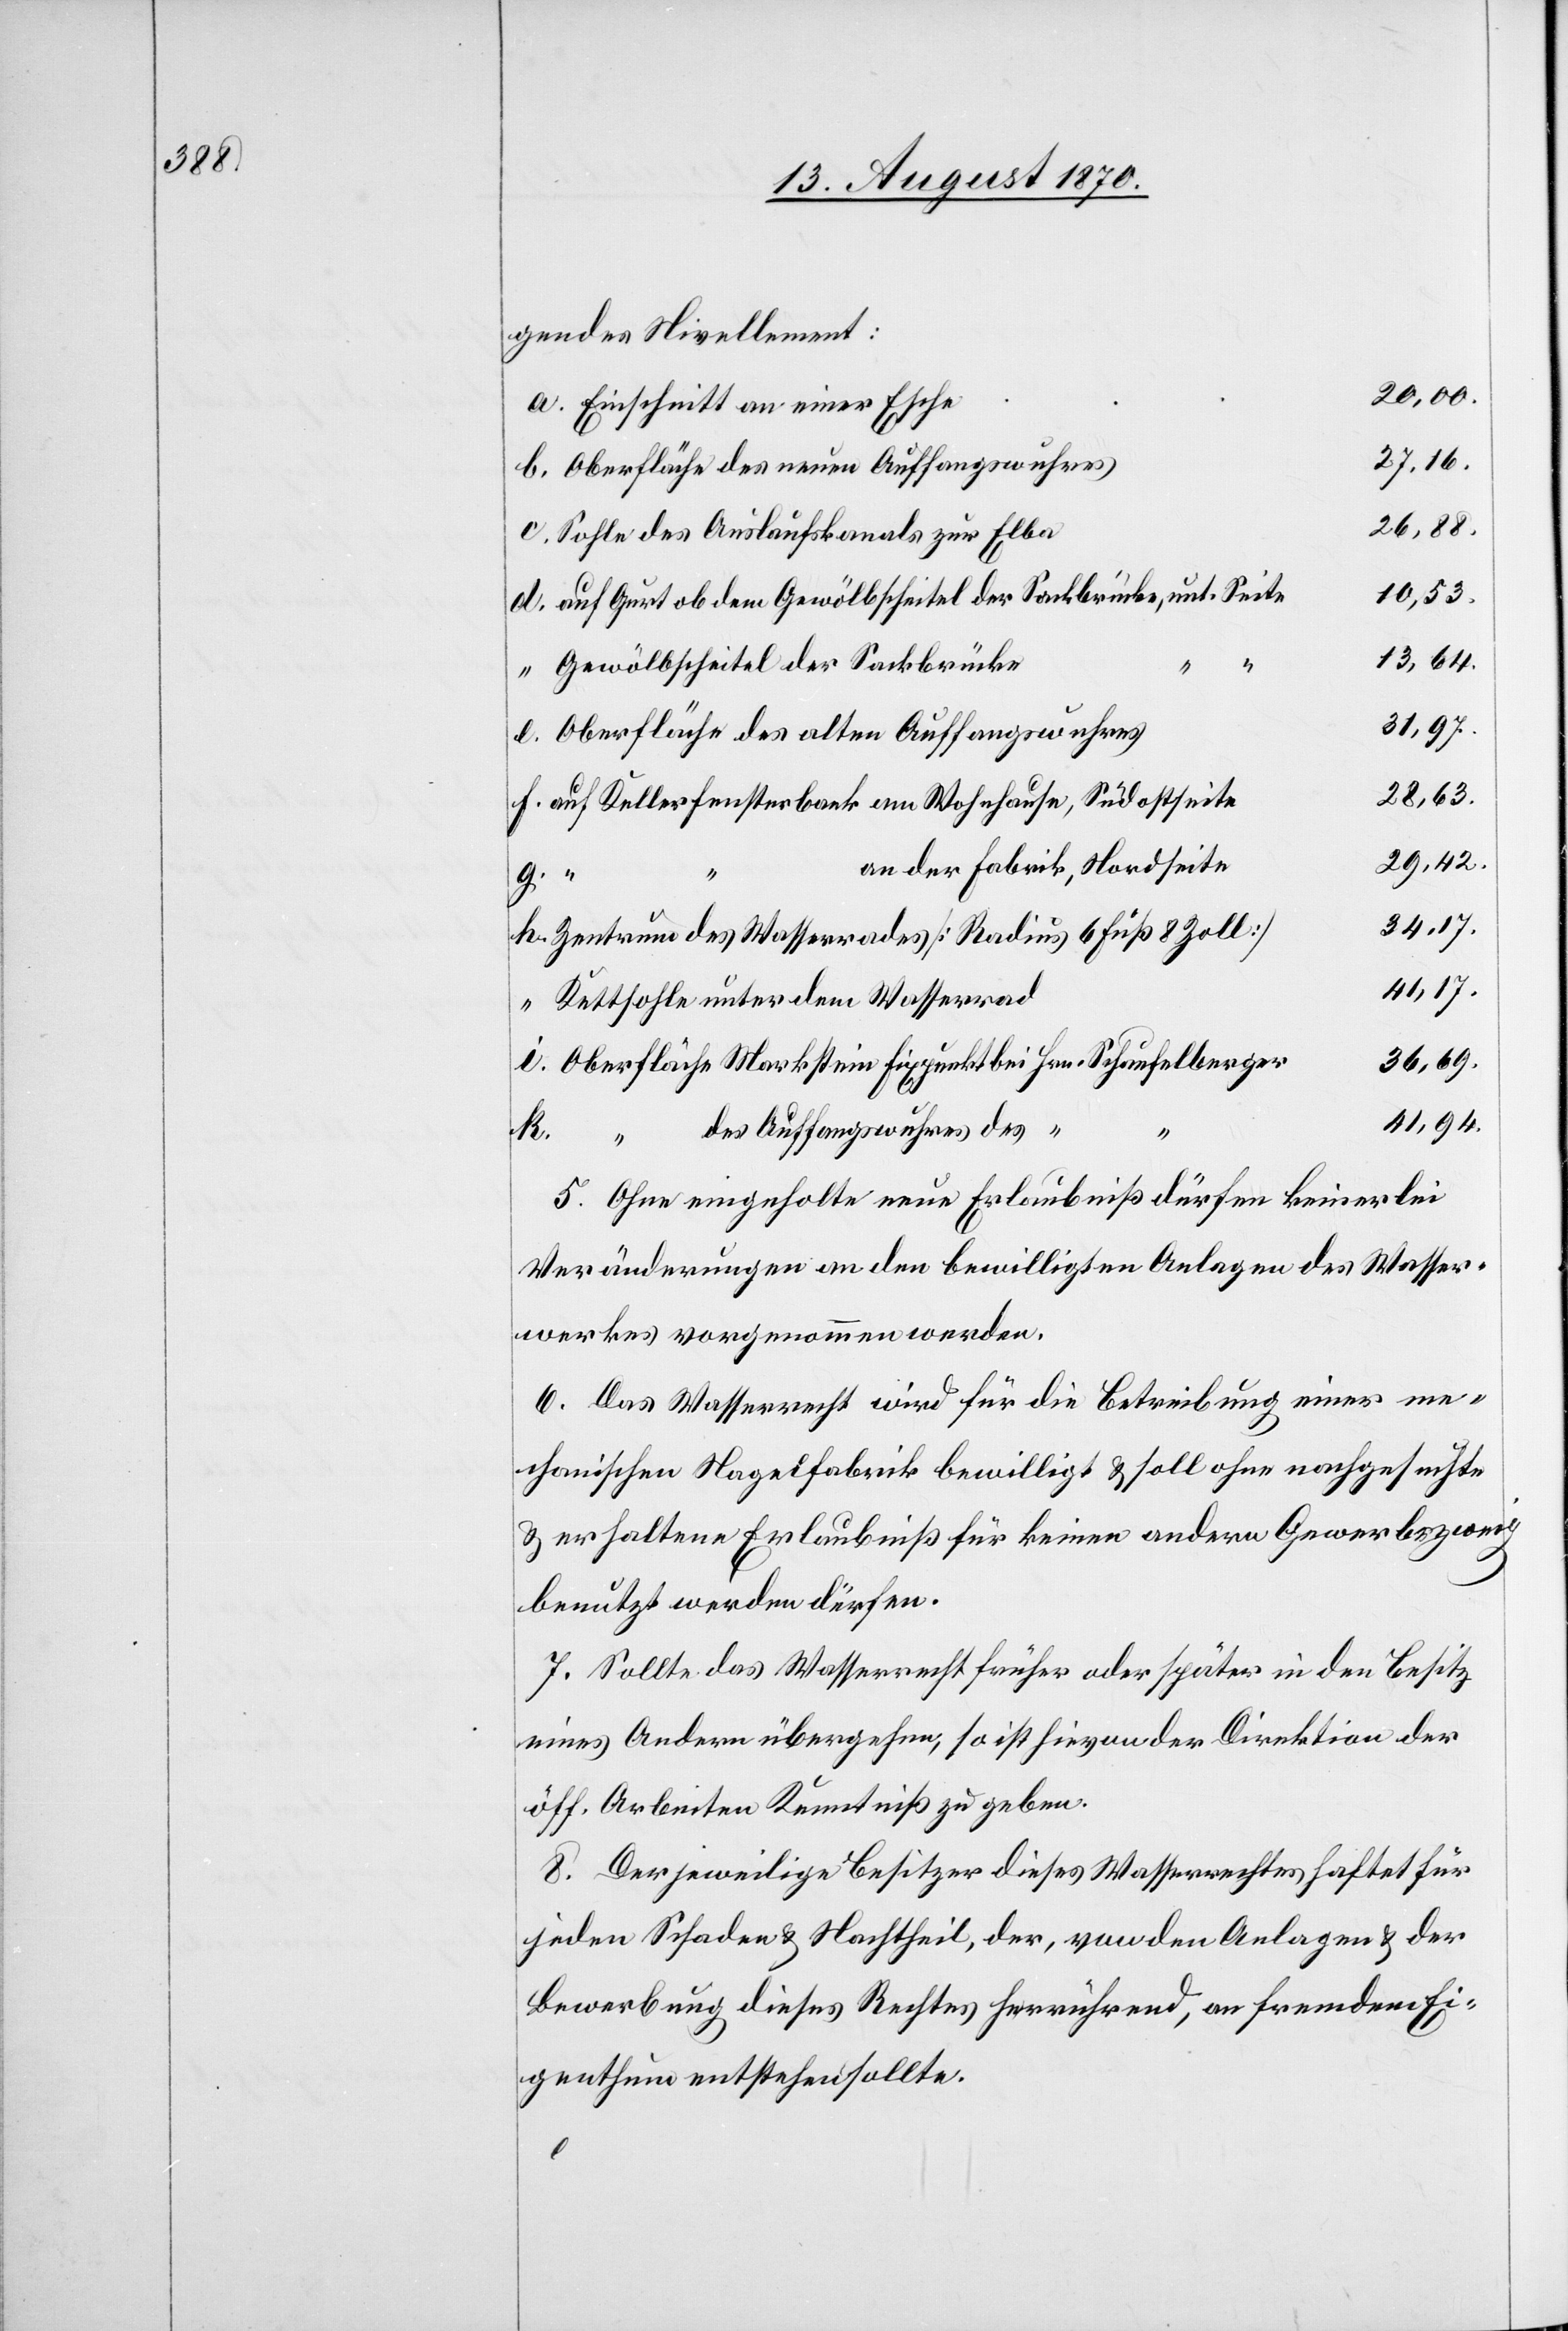
gendes Nivellement:
20,00.
Einschnitt an einer Esche
27,16.
Oberfläche des neuen Auffangswuhres
26,88.
Sohle des Auslaufskanals zur Elba
10,53.
auf Gurt ob dem Gewölbscheitel der Sackbrücke, unt. Seite
13,64.
k.
Gewölbscheitel der Sackbrücke
31,97.
Oberfläche des alten Auffangswuhres
28,63.
auf Kellerfensterbank am Wohnhause, Südostseite
29,42.
an der Fabrik, Nordseite
34,17.
Zentrum des Wasserrades [Radius 6 Fuß 8 Zoll]
41,17.
Kettsohle unter dem Wasserrad
Oberfläche Markstein Fixpunkt bei Hrn. Schaufelberger
36,69.
41,94.
des Auffangswuhres des “
5. Ohne eingeholte neue Erlaubniß dürfen keinerlei
Veränderungen an den bewilligten Anlagen des Wasser¬
werkes vorgenommen werden.
6. Das Wasserrecht wird für die Betreibung einer me¬
chanischen Nagelfabrik bewilligt & soll ohne nachgesuchte
& erhaltene Erlaubniß für keinen andern Gewerbszweig
benutzt werden dürfen.
7. Sollte das Wasserrecht früher oder später in den Besitz
eines Andern übergehen, so ist hievon der Direktion der
öff. Arbeiten Kenntniß zu geben.
8. Der jeweilige Besitzer dieses Wasserrechtes haftet für
jeden Schaden & Nachtheil, der, von den Anlagen & der
Bewerbung dieses Rechtes herrührend, an fremdem Ei¬
genthum entstehen sollte.